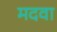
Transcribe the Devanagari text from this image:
मदवा